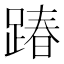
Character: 踳